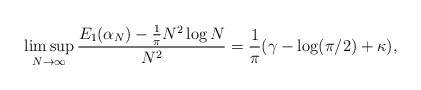
\begin{align*}\limsup_{N\rightarrow\infty}\frac{E_{1}(\alpha_{N})-\frac{1}{\pi}N^2 \log N}{N^2}=\frac{1}{\pi}(\gamma-\log(\pi/2)+\kappa),\end{align*}